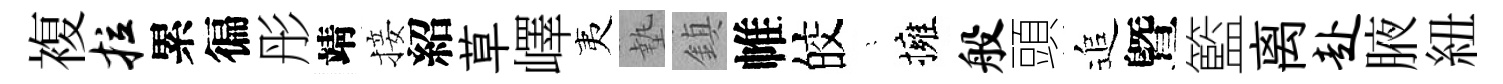
複拉累徧彤靖接紹草嶧夷墊鎮帷皎隠擁般頭追曁籃离赴腋紐